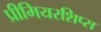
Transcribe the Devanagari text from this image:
प्रीमियरशिप्स